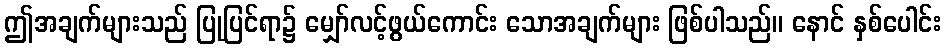
ဤအချက်များသည် ပြုပြင်ရာ၌ မျှော်လင့်ဖွယ်ကောင်း သောအချက်များ ဖြစ်ပါသည်။ နောင် နှစ်ပေါင်း